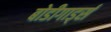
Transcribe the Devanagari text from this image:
बोडीगार्ड्स